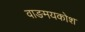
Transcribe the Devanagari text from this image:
वाङमयकोश